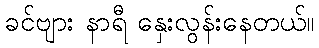
ခင်ဗျား နာရီ နှေးလွန်းနေတယ်။